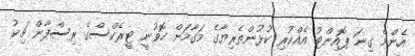
އެންމެ ގިނަ ޕޮއިންޓު އެއްކުރި ކުޅުންތެރިޔާގެ މަގާމަށް ހޮވުނީ ޓީރެކްސްގެ ރިސްފާން ޗިކު